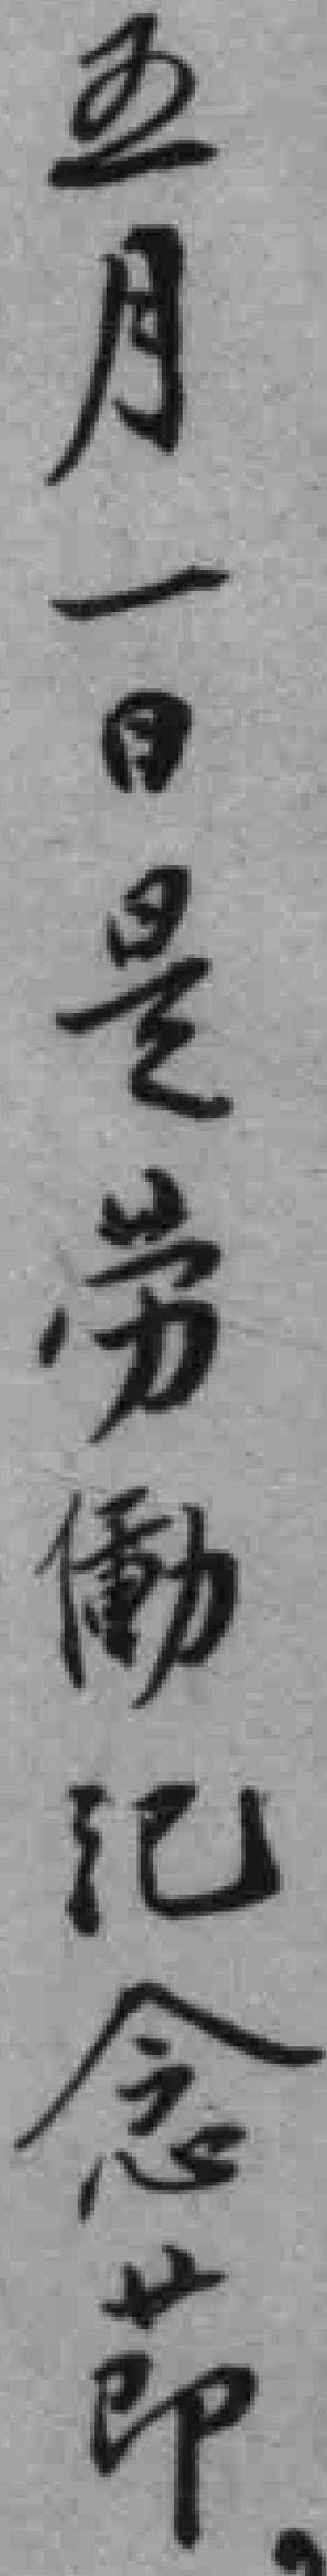
五月一日是劳動纪念節